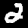
Digit: 2